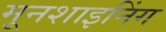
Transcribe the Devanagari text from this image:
मूनशाइनिंग